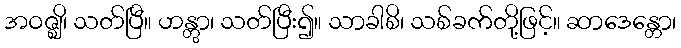
အဝဇ္ဈိ၊ သတ်ပြီ။ ဟန္တွာ၊ သတ်ပြီး၍။ သာခါစိ၊ သစ်ခက်တို့ဖြင့်။ ဆာဒေန္တော၊